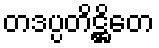
တဒပ္ပတိဋ္ဌိတေ